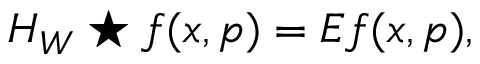
H _ { W } \star f ( x , p ) = E f ( x , p ) ,